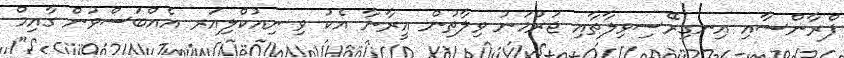
ފްރާންސާއި އިނގިރޭސިވިލާތާއި ޖަރުމަނު ވިިލާތުން އީރާނާ އެކު ވި ނިއުކްލިއަރ އެއްބަސްވުން ގާއިމް